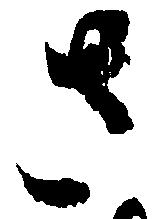
さ